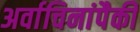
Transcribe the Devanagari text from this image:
अर्वाचिनांपैकी